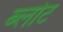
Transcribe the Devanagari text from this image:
ब्लोट